Report on the bubonic plague in Bombay, 1896-1897
Year: 1896
Disease focus: Plague
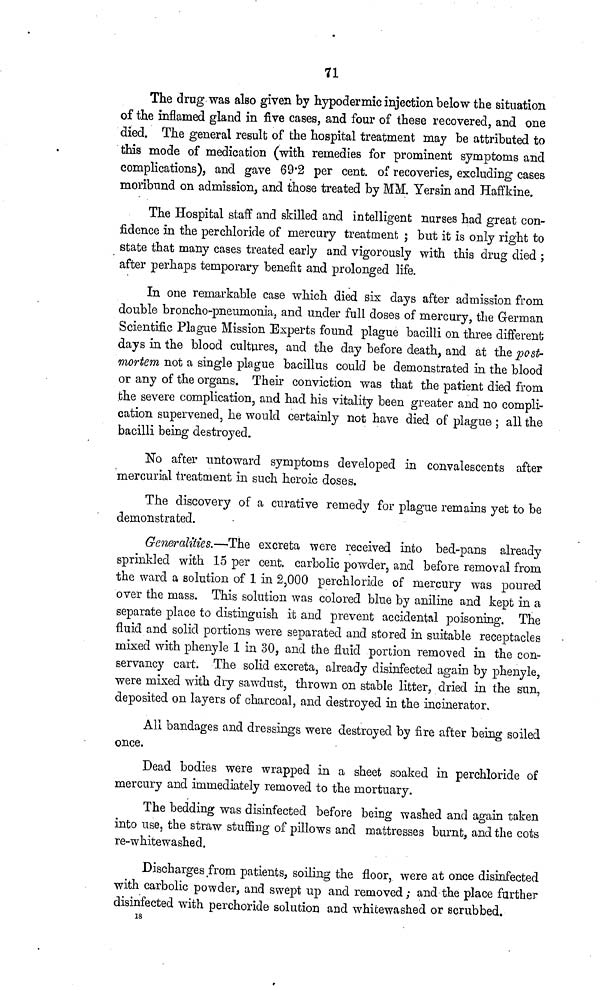
71
The drug was also given by hypodermic injection below the situation
of the inflamed gland in five cases, and four of these recovered, and one
died. The general result of the hospital treatment may be attributed to
this mode of medication (with remedies for prominent symptoms and
complications), and gave 69.2 per cent. of recoveries, excluding cases
moribund on admission, and those treated by MM. Yersin and Haffkine.
The Hospital staff and skilled and intelligent nurses had great con-
fidence in the perchloride of mercury treatment ; but it is only right to
state that many cases treated early and vigorously with this drug died ;
after perhaps temporary benefit and prolonged life.
In one remarkable case which died six days after admission from
double broncho-pneumonia, and under full doses of mercury, the German
Scientific Plague Mission Experts found plague bacilli on three different
days in the blood cultures, and the day before death, and at the post-
mortem not a single plague bacillus could be demonstrated in the blood
or any of the organs. Their conviction was that the patient died from
the severe complication, and had his vitality been greater and no compli-
cation supervened, he would certainly not have died of plague ; all the
bacilli being destroyed.
No after untoward symptoms developed in convalescents after
mercurial treatment in such heroic doses.
The discovery of a curative remedy for plague remains yet to be
demonstrated.
Generalities.—The excreta were received into bed-pans already
sprinkled with 15 per cent. carbolic powder, and before removal from
the ward a solution of 1 in 2,000 perchloride of mercury was poured
over the mass. This solution was colored blue by aniline and kept in a
separate place to distinguish it and prevent accidental poisoning. The
fluid and solid portions were separated and stored in suitable receptacles
mixed with phenyle 1 in 30, and the fluid portion removed in the con-
servancy cart. The solid excreta, already disinfected again by phenyle,
were mixed with dry sawdust, thrown on stable litter, dried in the sun,
deposited on layers of charcoal, and destroyed in the incinerator.
All bandages and dressings were destroyed by fire after being soiled
once.
Dead bodies were wrapped in a sheet soaked in perchloride of
mercury and immediately removed to the mortuary.
The bedding was disinfected before being washed and again taken
into use, the straw stuffing of pillows and mattresses burnt, and the cots
re-whitewashed.
Discharges from patients, soiling the floor, were at once disinfected
with carbolic powder, and swept up and removed ; and the place further
disinfected with perchoride solution and whitewashed or scrubbed.
18